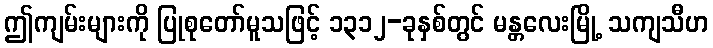
ဤကျမ်းများကို ပြုစုတော်မူသဖြင့် ၁၃၁၂-ခုနှစ်တွင် မန္တလေးမြို့ သကျသီဟ